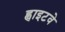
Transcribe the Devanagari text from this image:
ह्वाइटवे